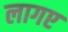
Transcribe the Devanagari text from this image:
लागए